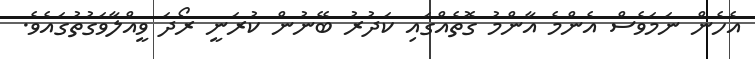
އެހެން ނަމަވެސް އެންމެ އާންމު ގޮތެއްގައި ކަދުރު ބޭނުން ކުރަނީ ރޯދަ ވީއްލާވަގުތުގައެވެ.